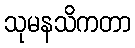
သုမနသိကတာ